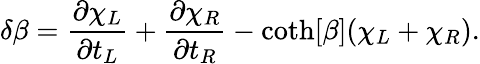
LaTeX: \delta\beta=\frac{\partial\chi_{L}}{\partial t_{L}}+\frac{\partial\chi_{R}}{\partial t_{R}}-\coth[\beta](\chi_{L}+\chi_{R}).